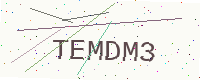
Text: TEMDM3